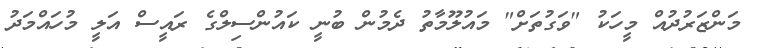
މަންޒަރުދުއް މީހަކު "ވަގުތަށް" މައުލޫމާތު ދެމުން ބުނީ ކައުންސިލްގެ ރައީސް އަލީ މުހައްމަދު